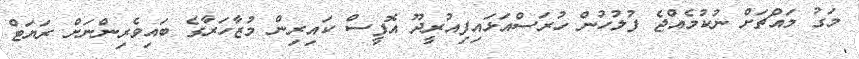
މަގު މައްޗަށް ނުކުމެއްޖެ ފުލުހުން ހުރަސްއަޅައިފިއުރީދޫ އޮފީސް ކައިރިން މުޒާހަރާގެ ބައިވެރިންނަށް ރަޔަޓް